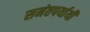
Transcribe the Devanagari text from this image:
समंतपर्यायी